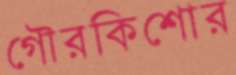
গৌরকিশোর